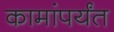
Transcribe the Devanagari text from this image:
कामांपर्यंत